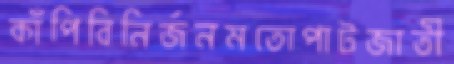
কাঁপিবিনির্জনমতোপাটজাতী